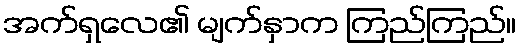
အက်ရှလေ၏ မျက်နှာက ကြည်ကြည်။